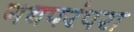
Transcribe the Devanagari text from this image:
गद्यपरंपरा